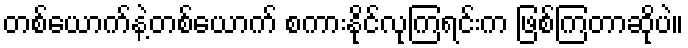
တစ်ယောက်နဲ့တစ်ယောက် စကားနိုင်လုကြရင်းက ဖြစ်ကြတာဆိုပဲ။